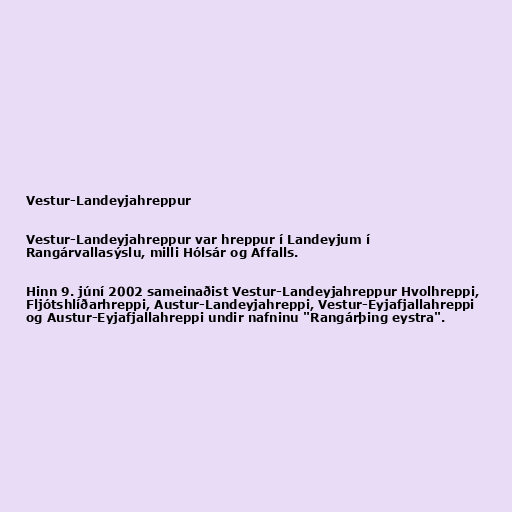
Vestur-Landeyjahreppur

Vestur-Landeyjahreppur var hreppur í Landeyjum í
Rangárvallasýslu, milli Hólsár og Affalls.

Hinn 9. júní 2002 sameinaðist Vestur-Landeyjahreppur Hvolhreppi,
Fljótshlíðarhreppi, Austur-Landeyjahreppi, Vestur-Eyjafjallahreppi
og Austur-Eyjafjallahreppi undir nafninu "Rangárþing eystra".